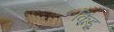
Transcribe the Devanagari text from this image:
किंडू